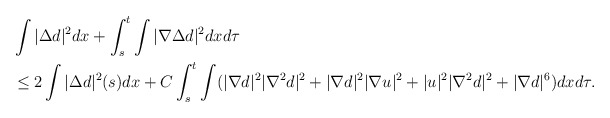
\begin{align*}\begin{aligned}&\int |\Delta d|^2dx+\int_s^t\int |\nabla \Delta d|^2dxd\tau\\&\le 2\int |\Delta d|^2(s)dx +C\int_s^t\int (|\nabla d|^2 |\nabla^2 d|^2+|\nabla d|^2|\nabla u|^2+|u|^2 |\nabla^2 d|^2+|\nabla d|^6)dxd\tau.\end{aligned}\end{align*}